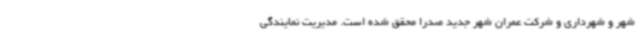
شهر و شهرداری و شرکت عمران شهر جدید صدرا محقق شده است. مدیریت نمایندگی